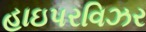
હાઇપરવિઝર